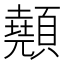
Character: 顤